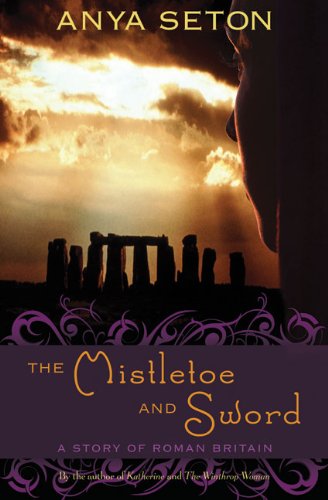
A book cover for The Mistletoe and Sword: A Story of Roman Britain (Rediscovered Classics); Anya Seton; Teen & Young Adult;